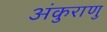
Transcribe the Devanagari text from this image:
अंकुराणु